Report on inoculation in the plague infected areas of the Punjab and its dependencies from October 1900 to September 1901
Year: 1900
Disease focus: Plague
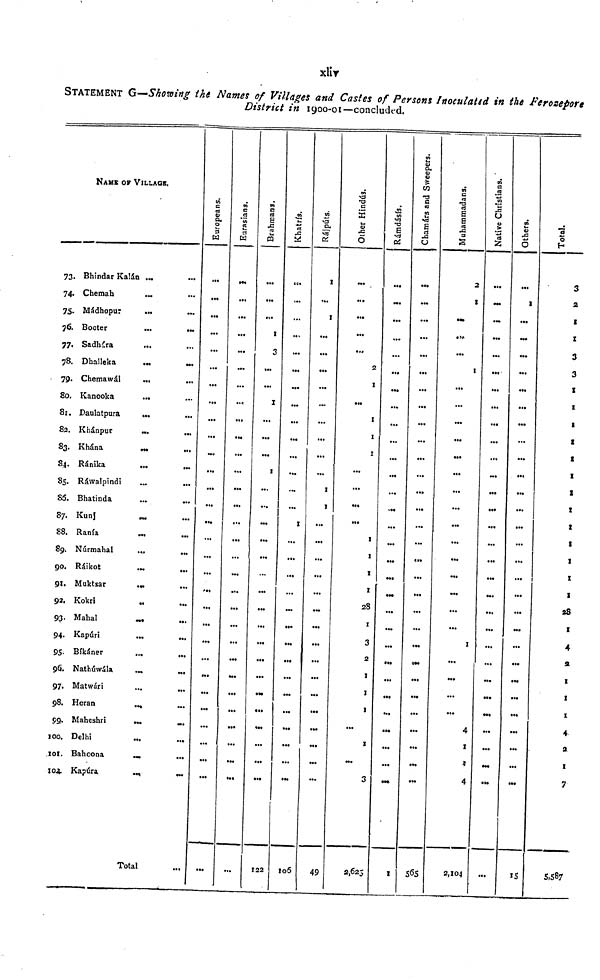
xliv
STATEMENT G—Showing the Names of Villages and Castes of Persons Inoculated in the Ferozepore
District in 1900-01—concluded.
73.
74.
75.
76.
77.
78.
79.
So.
81.
82.
83.
84.
85.
86.
87.
88.
89.
go.
91.
92.
9?.
94.
95.
96.
97.
98.
99.
100.
101.
104.
NAME OF VILLAGB.
Bhindar Kalán ...
Chemah
...
Mádhopur
Booter
...
Sadhára
Dhalleka
...
Chemawál
...
...
Kanooka
...
Daulatpura
...
...
Khánpur.
...
Khána.
...
Ránika
...
Ráwalpindi
...
...
Bhatinda
...
...
Kunj
Ranta.
Núrmahal
.
...
Ráikot
Muktsar
...
Kokri
...
Mahal
...
Kapúri
.
...
Bíkáner
Nathúwála
Matwári
...
...
Heran
.
...
Maheshri
Delhi
Bahoona
Kapúra
Total
Europeans
...
...
...
...
««•
...
...
...
...
...
...
Eurasians.
...
...
...
...
...
...
...
...
...
...
Brahmans.
1
3
z
...
1
.
...
...
...
...
T22
Khatrís
...
1
...
•*.
...
...
...
...
106
Rájputs.
1
1
...
...
1
1
•••
•••
49
Other Hindús.
•••
...
...
...
2
1
1
1
1
...
...
...
...
1
1
1
1
28
1
3
2
1
1
1
...
1
3
2,625
Rámdásís.
•••
...
...
...
...
...
...
1
Chamárs and Sweepers.
...
...
...
...
...
...
...
...
...
...
...
...
...
...
565
Muhammadans.
2
1
...
1
...
...
...
..
...
...
...
...
...
...
1
...
...
4
1
4
2,104
Native Christians.
...
...
...
...
...
...
...
...
...
...
...
...
Others.
1
...
...
...
...
...
...
...
...
...
...
...
...
...
...
15
Total.
3
2
1
1
3
3
1
1
1
1
1
1
1
1
1
8
1
1
1
28
1
4
3.
1
1
1
4
3
1
7
5,587